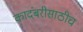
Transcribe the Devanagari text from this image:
कादंबरीसाठीच